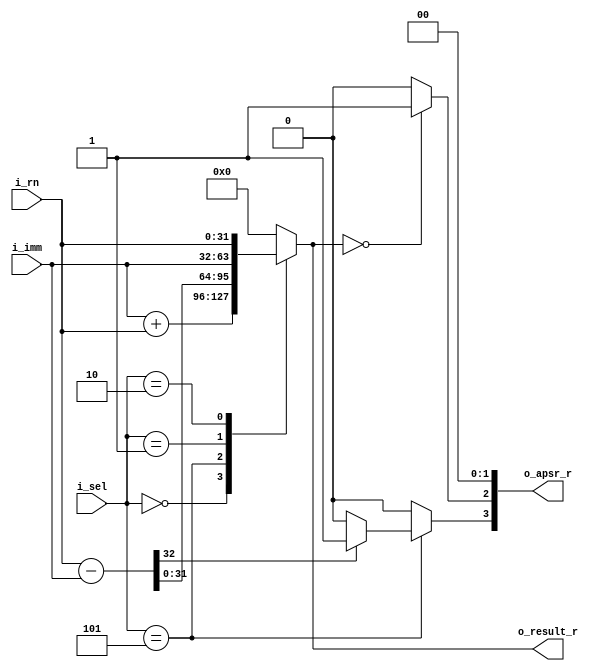
 `timescale 1 ns / 1 ps

module alu(
	i_imm,
	i_rn,
	i_sel,
	o_result_r,
	o_apsr_r
);

input wire [31:0] 	i_imm;
input wire [31:0] 	i_rn;
input wire [2:0] 	  i_sel;
output reg [31:0] 	o_result_r;
output reg [3:0] 	o_apsr_r;

reg [32:0] iresult_r; 

// sel_in mapping
// using bit 1 to 3 of first byte 
// 000 - add
// 101 - sub
// 001 - mv (imm)
// 010 - mv (reg)

// apsr
// 31 30 29 28
// N  Z  C  V
// mapped to
// 3 2 1 0
// N Z C V
//
//N - 1 if result of rn - imm < 0; 0 else
//Z - 1 if result of rn - imm = 0; 0 else
// not implemented yet:
//C - 1 if results in a carry condition (unsigned overflow); 0 else
//V - 1 if results in a overflow condition (signed overflow); 0 else

always@ (*) begin
  //reset APSR
  o_apsr_r = 0;

  //calculate
  case (i_sel)
    3'b000:
    //add
		iresult_r = i_imm + i_rn;
    3'b101: begin
    //sub
		iresult_r = i_rn - i_imm;
    if (iresult_r[32] == 1'b1) begin
      o_apsr_r[3] = 1;
    end
    end
    3'b001:
    //mv (imm)
    iresult_r = i_imm;
    3'b010:
    //mv (reg)
    iresult_r = i_rn;
    default:
    // error ??
    iresult_r = 0;
    // if you are sure that there will be no disallowed commands
    // we can use the default path for sub and save one sub block.
  endcase

  o_result_r = iresult_r[31:0];

  if (o_result_r == 0) begin
    //set Z flag
    o_apsr_r[2] = 1;
  end
 
end

endmodule